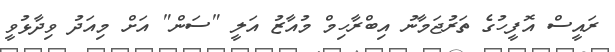
ރައީސް އޮފީހުގެ ތަރުޖަމާނު އިބްރާހިމް މުއާޒު އަލީ "ސަން" އަށް މިއަދު ވިދާޅުވީ